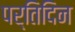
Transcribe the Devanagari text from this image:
पर्तिदिन